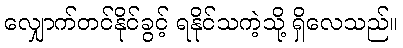
လျှောက်တင်နိုင်ခွင့် ရနိုင်သကဲ့သို့ ရှိလေသည်။